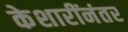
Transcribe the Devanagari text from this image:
केशारींनंतर